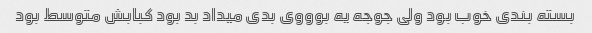
بسته بندی خوب بود ولی جوجه یه بوووی بدی میداد بد بود کبابش متوسط بود